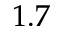
1 . 7